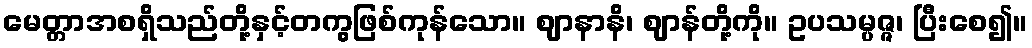
မေတ္တာအစရှိသည်တို့နှင့်တကွဖြစ်ကုန်သော။ ဈာနာနိ၊ ဈာန်တို့ကို။ ဥပသမ္ပဇ္ဇ၊ ပြီးစေ၍။